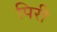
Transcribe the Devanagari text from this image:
पिरी